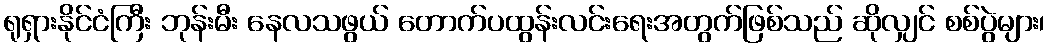
ရုရှားနိုင်ငံကြီး ဘုန်းမီး နေလသဖွယ် တောက်ပထွန်းလင်းရေးအတွက်ဖြစ်သည် ဆိုလျှင် စစ်ပွဲများ၊